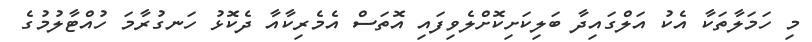
މި ހަމަލާތަކާ އެކު އަލްގައިދާ ބަލިކަށިކޮށްލެވިފައި އޮތަސް އެމެރިކާއާ ދެކޮޅު ހަނގުރާމަ ހުއްޓާލުމުގެ